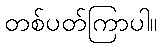
တစ်ပတ်ကြာပါ။